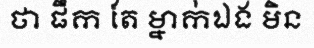
ថា ផឹក តែ ម្នាក់ឯង មិន